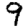
Digit: 9